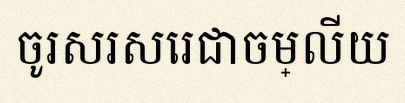
ចូរសរសេរជាចម្លើយ